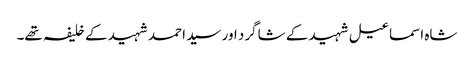
شاہ اسماعیل شہید کے شاگرد اور سید احمد شہید کے خلیفہ تھے۔